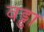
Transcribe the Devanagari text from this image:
वड्डा